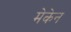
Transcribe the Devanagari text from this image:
मेकेन